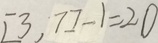
[ 3 , 7 ] - 1 = 2 0